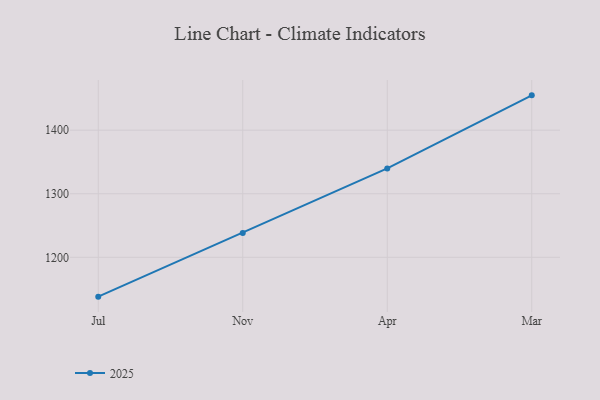
{"axis": {"x": "Month", "y": "Backlog"}, "legend": ["2025"], "data": [{"x": "Jul", "y": 1138.1, "type": "2025"}, {"x": "Nov", "y": 1238.4, "type": "2025"}, {"x": "Apr", "y": 1339.8, "type": "2025"}, {"x": "Mar", "y": 1454.8, "type": "2025"}]}